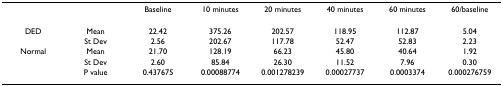
|  |  | Baseline | 10 minutes | 20 minutes | 40 minutes | 60 minutes | 60/baseline |
 | --- | --- | --- | --- | --- | --- | --- | --- |
 | DED | Mean | 22.42 | 375.26 | 202.57 | 118.95 | 112.87 | 5.04 |
 |  | St Dev | 2.56 | 202.67 | 117.78 | 52.47 | 52.83 | 2.23 |
 | Normal | Mean | 21.70 | 128.19 | 66.23 | 45.80 | 40.64 | 1.92 |
 |  | St Dev | 2.60 | 85.84 | 26.30 | 11.52 | 7.96 | 0.30 |
 |  | P value | 0.437675 | 0.00088774 | 0.001278239 | 0.00027737 | 0.0003374 | 0.000276759 |